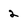
Character: 2